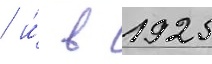
/ и́ в 1925